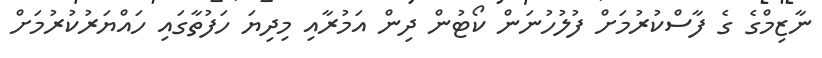
ނާޒިމްގެ ގެ ފާސްކުރުމަށް ފުލުހުނަން ކޯޓުން ދިން އަމުރާއި މިދިޔަ ހަފުތާގައި ހައްޔަރުކުރުމަށް